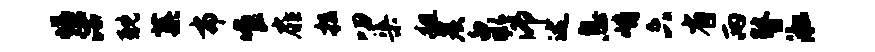
慊沽耽蕖布唯扉拉叨渠粗炭泉沛述息峭六省两瞽淞